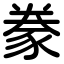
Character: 豢